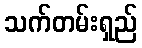
သက်တမ်းရှည်